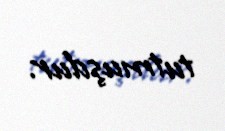
tutmuşdur.